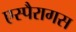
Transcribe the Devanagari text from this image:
एस्पैरागस